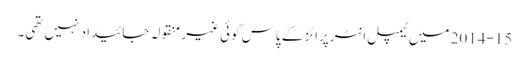
2014-15 میں ٹیمپل انٹرپرائز کے پاس کوئی غیر منقولہ جائیداد نہیں تھی۔